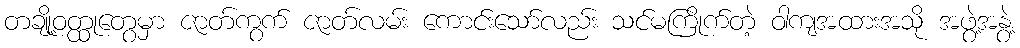
တချို့ဝတ္ထုတွေမှာ ဇာတ်ကွက် ဇာတ်လမ်း ကောင်းသော်လည်း သင်မကြိုက်တဲ့ ဝါကျအထားအသို အဖွဲ့အနွဲ့